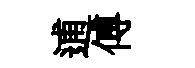
逋傅